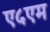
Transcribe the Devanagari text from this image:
ए५एम